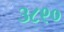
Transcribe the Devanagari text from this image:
३८९०